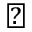
\perp